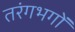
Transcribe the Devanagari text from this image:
तरंगभगों